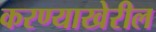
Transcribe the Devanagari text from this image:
करण्याखेरील